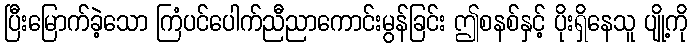
ပြီးမြောက်ခဲ့သော ကြံပင်ပေါက်ညီညာကောင်းမွန်ခြင်း ဤစနစ်နှင့် ပိုးရှိနေသူ ပျို့ကို